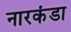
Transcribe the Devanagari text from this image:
नारकंडा